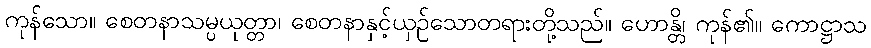
ကုန်သော။ စေတနာသမ္ပယုတ္တာ၊ စေတနာနှင့်ယှဉ်သောတရားတို့သည်။ ဟောန္တိ၊ ကုန်၏။ ကောဋ္ဌာသ